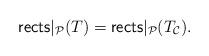
LaTeX: \begin{align*}\mathsf{rects}|_\mathcal{P} (T) = \mathsf{rects}|_\mathcal{P} (T_\mathcal{C}).\end{align*}